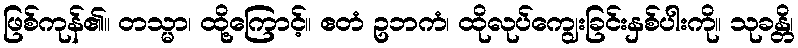
ဖြစ်ကုန်၏။ တသ္မာ၊ ထို့ကြောင့်။ ဧတံ ဥဘကံ၊ ထိုလုပ်ကျွေးခြင်းနှစ်ပါးကို။ သုခန္တိ၊